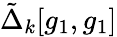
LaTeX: \tilde{\Delta}_{k}[g_{1},g_{1}]